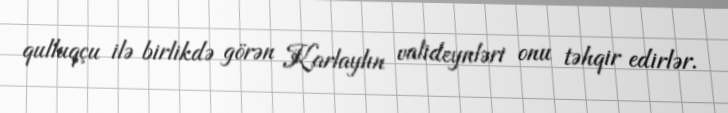
qulluqçu ilə birlikdə görən Karlaylın valideynləri onu təhqir edirlər.